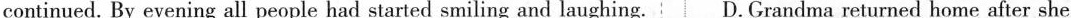
continued. By evening all people had started smiling and laughing. D. Grandma returned home after she